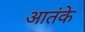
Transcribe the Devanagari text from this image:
आतंके